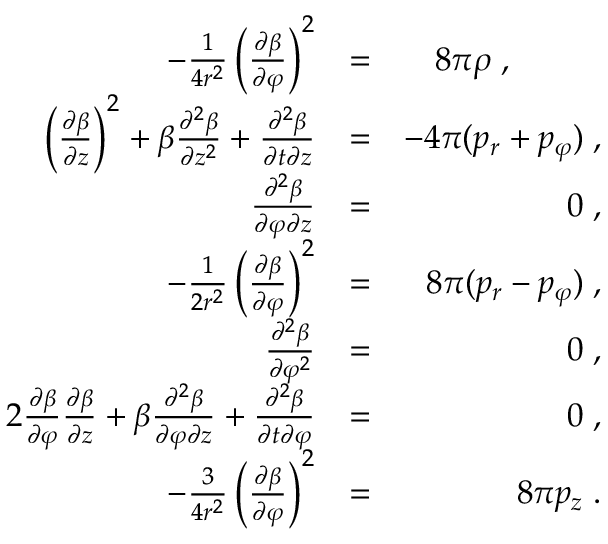
\begin{array} { r l r } { - \frac { 1 } { 4 r ^ { 2 } } \left( \frac { \partial \beta } { \partial \varphi } \right) ^ { 2 } } & { = } & { 8 \pi \rho \; , \; \; \; \; \; \; \; \; \; \; } \\ { \left( \frac { \partial \beta } { \partial z } \right) ^ { 2 } + \beta \frac { \partial ^ { 2 } \beta } { \partial z ^ { 2 } } + \frac { \partial ^ { 2 } \beta } { \partial t \partial z } } & { = } & { - 4 \pi ( p _ { r } + p _ { \varphi } ) \; , } \\ { \frac { \partial ^ { 2 } \beta } { \partial \varphi \partial z } } & { = } & { 0 \; , } \\ { - \frac { 1 } { 2 r ^ { 2 } } \left( \frac { \partial \beta } { \partial \varphi } \right) ^ { 2 } } & { = } & { 8 \pi ( p _ { r } - p _ { \varphi } ) \; , } \\ { \frac { \partial ^ { 2 } \beta } { \partial \varphi ^ { 2 } } } & { = } & { 0 \; , } \\ { 2 \frac { \partial \beta } { \partial \varphi } \frac { \partial \beta } { \partial z } + \beta \frac { \partial ^ { 2 } \beta } { \partial \varphi \partial z } + \frac { \partial ^ { 2 } \beta } { \partial t \partial \varphi } } & { = } & { 0 \; , } \\ { - \frac { 3 } { 4 r ^ { 2 } } \left( \frac { \partial \beta } { \partial \varphi } \right) ^ { 2 } } & { = } & { 8 \pi p _ { z } \; . } \end{array}